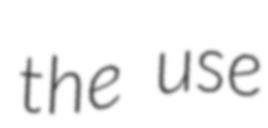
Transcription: the use